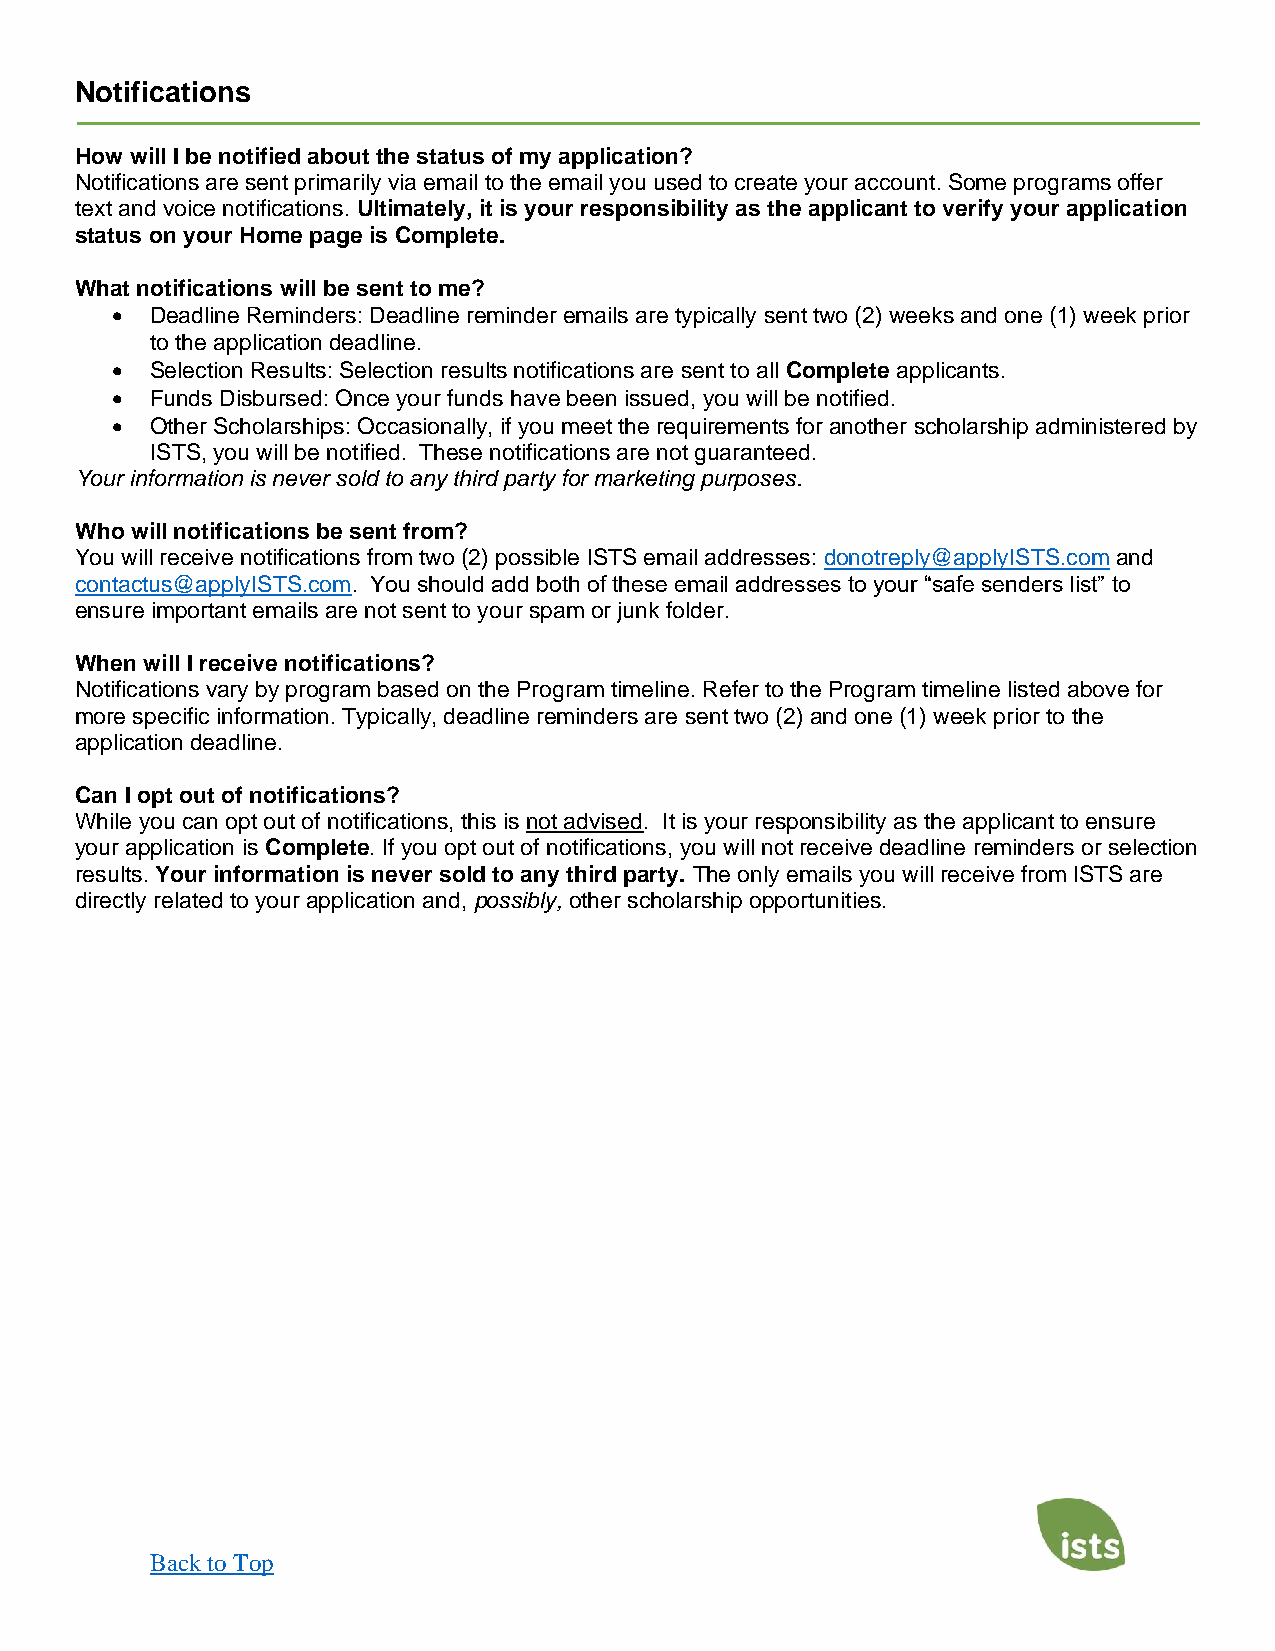
Notifications
 How will I be notified about the status of my application?
 Notifications are sent primarily via email to the email you used to create your account. Some programs offer
 text and voice notifications. Ultimately, it is your responsibility as the applicant to verify your application
 status on your Home page is Complete.
 What notifications will be sent to me?
 •  Deadline Reminders: Deadline reminder emails are typically sent two (2) weeks and one (1) week prior
 to the application deadline.
 •  Selection Results: Selection results notifications are sent to all Complete applicants.
 •  Funds Disbursed: Once your funds have been issued, you will be notified.
 •  Other Scholarships: Occasionally, if you meet the requirements for another scholarship administered by
 ISTS, you will be notified. These notifications are not guaranteed.
 Your information is never sold to any third party for marketing purposes.
 Who will notifications be sent from?
 You will receive notifications from two (2) possible ISTS email addresses: donotreply@applyISTS.com and
 contactus@applyISTS.com. You should add both of these email addresses to your “safe senders list” to
 ensure important emails are not sent to your spam or junk folder.
 When will I receive notifications?
 Notifications vary by program based on the Program timeline. Refer to the Program timeline listed above for
 more specific information. Typically, deadline reminders are sent two (2) and one (1) week prior to the
 application deadline.
 Can I opt out of notifications?
 While you can opt out of notifications, this is not advised. It is your responsibility as the applicant to ensure
 your application is Complete. If you opt out of notifications, you will not receive deadline reminders or selection
 results. Your information is never sold to any third party. The only emails you will receive from ISTS are
 directly related to your application and, possibly, other scholarship opportunities.
 Back to Top